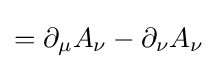
=\partial _{\mu }A_{\nu }-\partial _{\nu }A_{\nu }